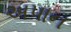
અપાન